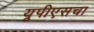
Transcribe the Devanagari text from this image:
यूपीएसचा